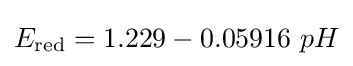
E_{\text{red}}=1.229-0.05916\ pH